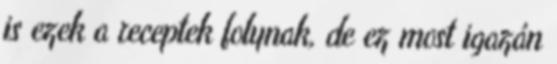
is ezek a receptek folynak, de ez most igazán